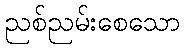
ညစ်ညမ်းစေသော